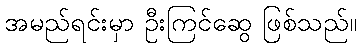
အမည်ရင်းမှာ ဦးကြင်ဆွေ ဖြစ်သည်။